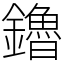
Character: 鑥